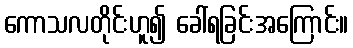
ကောသလတိုင်းဟူ၍ ခေါ်ရခြင်းအကြောင်း။